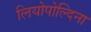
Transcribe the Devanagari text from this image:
लियोपोल्दिना